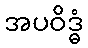
အပဝိဒ္ဓံ